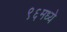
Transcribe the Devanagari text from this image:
९६मध्ये